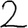
Digit: 2